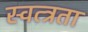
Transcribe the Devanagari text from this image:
स्वत्त्रता